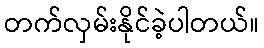
တက်လှမ်းနိုင်ခဲ့ပါတယ်။